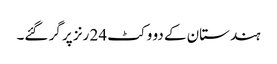
ہندستان کے دو وکٹ 24 رنز پر گر گئے۔